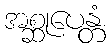
အစ္ဆုပေန္တံ